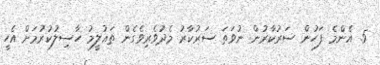
5. އެންމެ ފަހުން ސަރުކާރުން ނުވަތަ ސަރުކާރު މެދުވެރިވެގެން ތަޢުލީމު ހާސިލުކުރުމަށް އެހީ